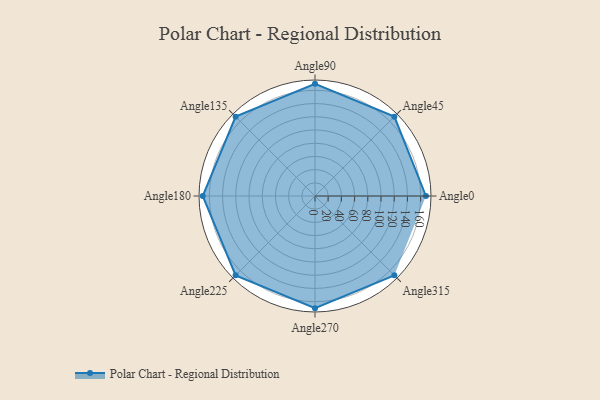
{"axis": {"x": "Angle", "y": "Radius"}, "legend": [""], "data": [{"x": "Angle0", "y": 168.0, "type": ""}, {"x": "Angle45", "y": 170, "type": ""}, {"x": "Angle90", "y": 170, "type": ""}, {"x": "Angle135", "y": 170, "type": ""}, {"x": "Angle180", "y": 170, "type": ""}, {"x": "Angle225", "y": 170, "type": ""}, {"x": "Angle270", "y": 170, "type": ""}, {"x": "Angle315", "y": 170, "type": ""}]}